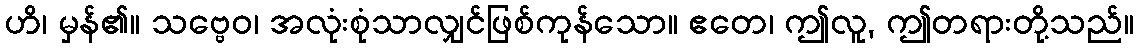
ဟိ၊ မှန်၏။ သဗ္ဗေဝ၊ အလုံးစုံသာလျှင်ဖြစ်ကုန်သော။ ဧတေ၊ ဤလူ, ဤတရားတို့သည်။